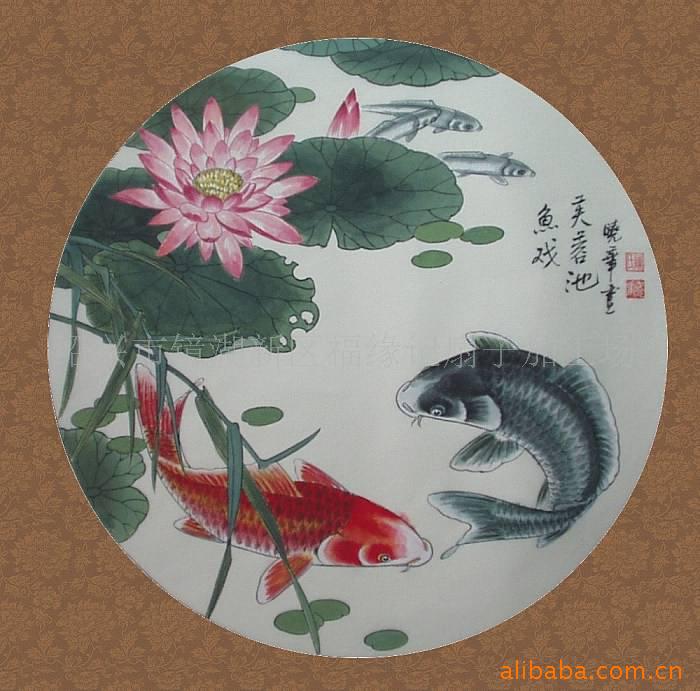
酒盏旋将荷叶当。莲舟荡。时时盏里生红浪。